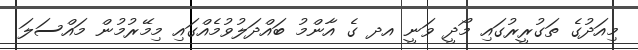
މިއަދުގެ ތަގުރީރުގައި މޯދީ ވަނީ އދ ގެ އާންމު ބައްދަލުވުމެއްގައި މިމޭރުމުން މައްސަލަ